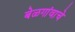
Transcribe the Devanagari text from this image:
बेळगांवाचे